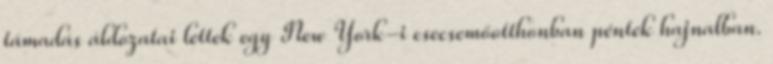
támadás áldozatai lettek egy New York-i csecsemőotthonban péntek hajnalban.